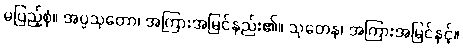
မပြည့်စုံ။ အပ္ပသုတော၊ အကြားအမြင်နည်း၏။ သုတေန၊ အကြားအမြင်နှင့်။